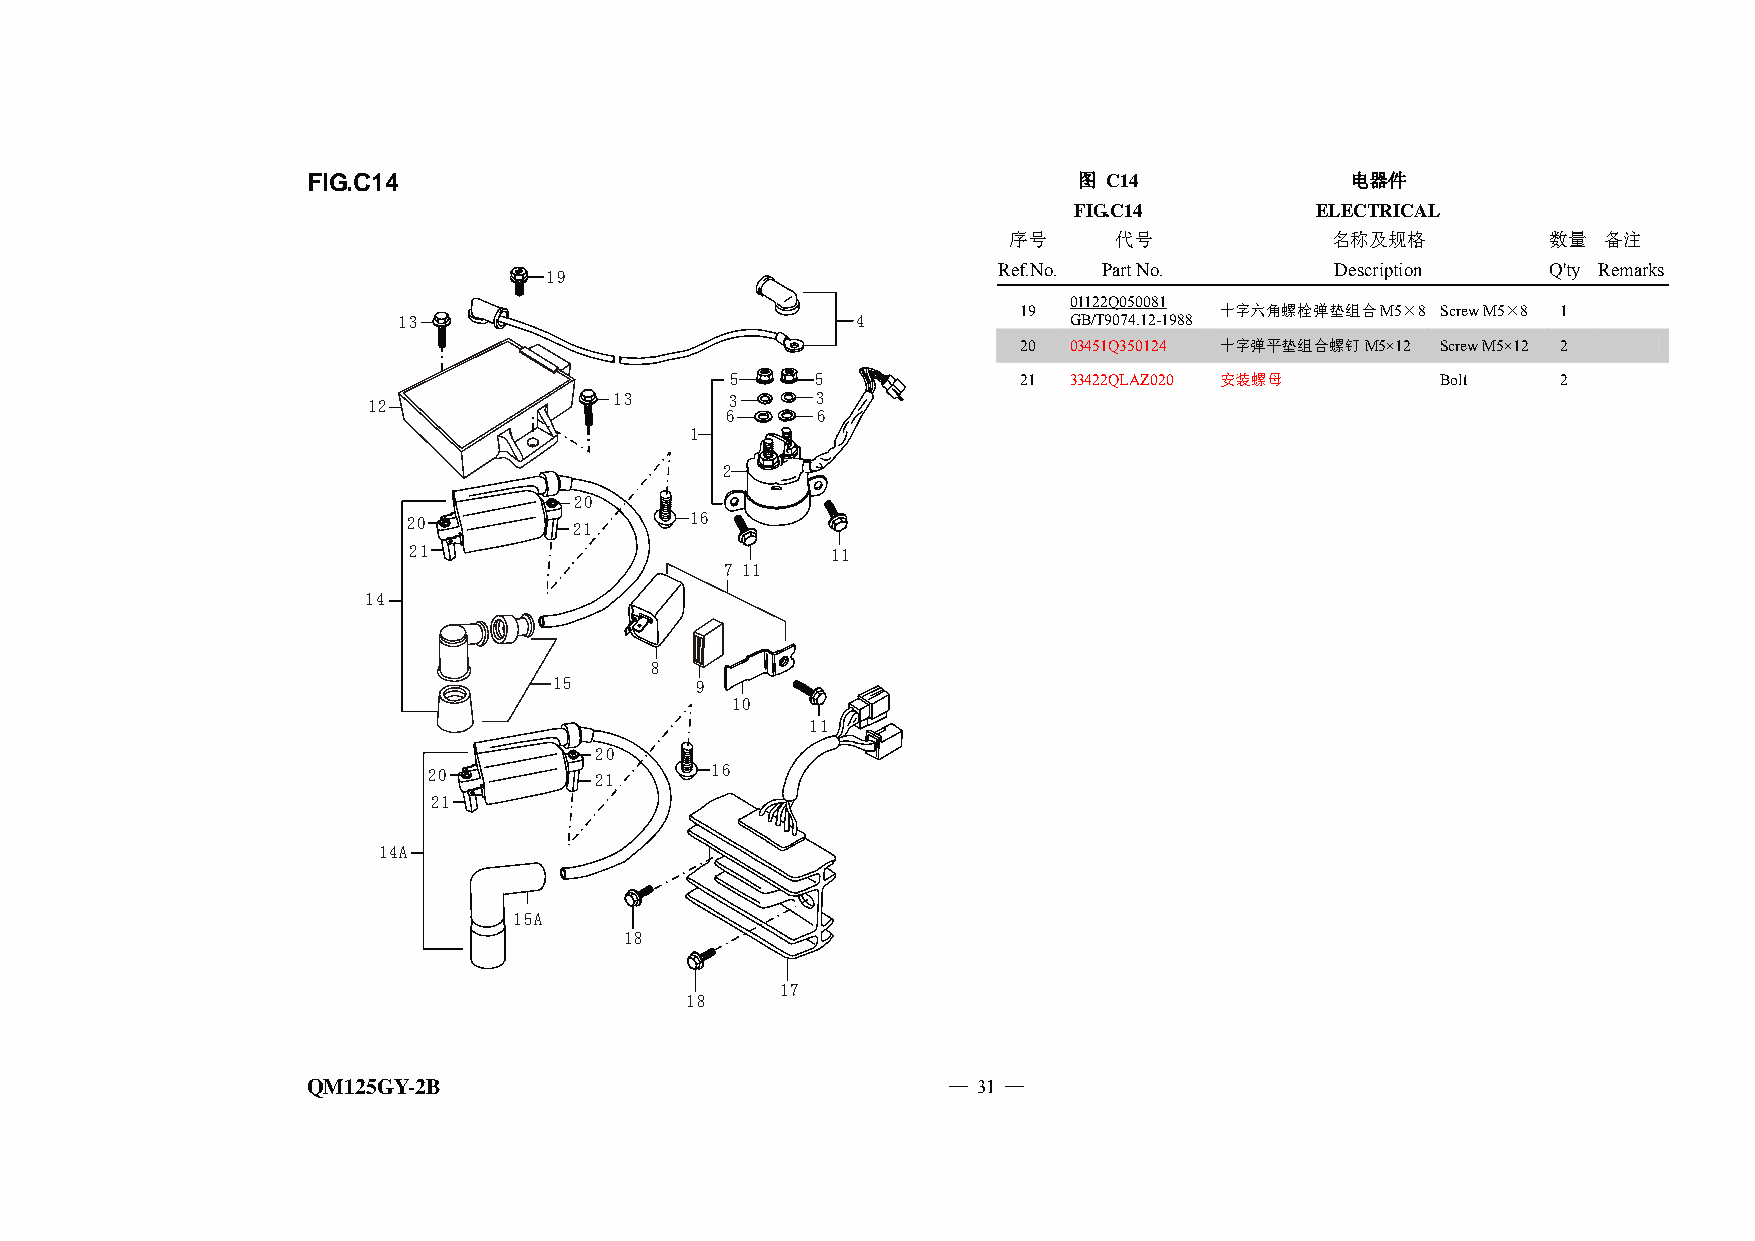
FIG.C14                                            图 C14             电器件
 FIG.C14         ELECTRICAL
 序号     代号            名称及规格          数量 备注
 Ref.No. Part No.      Description    Q'ty Remarks
 19
 01122Q050081
 19            十字六角螺栓弹垫组合M5×8 Screw M5×8 1
 13                             4             GB/T9074.12-1988
 20  03451Q350124 十字弹平垫组合螺钉M5×12 Screw M5×12 2
 5     5            21  33422QLAZ020 安装螺母       Bolt    2
 12               13     3     3
 6     6
 1
 2
 20
 20         21      16
 21                          11
 7 11
 14
 8
 15       9
 10
 11
 20
 20         21      16
 21
 14A
 15A
 18
 17
 18
 QM125GY-2B                                 — 31 —